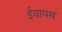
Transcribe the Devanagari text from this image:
ईयापथ